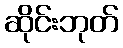
ဆိုင်းဘုတ်